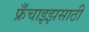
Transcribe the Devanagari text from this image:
फ्रँचाइझसाठी